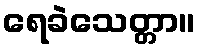
ရေခဲသေတ္တာ။